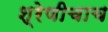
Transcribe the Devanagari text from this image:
श्रेणीचाच